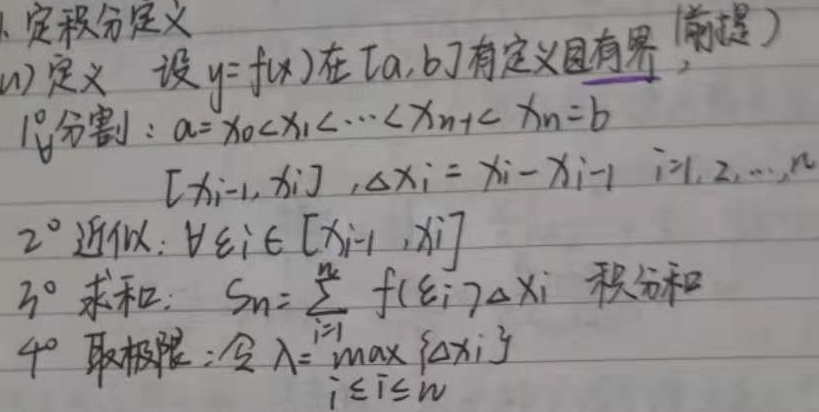
1. 定积分定义(前提)
(1) 定义：设\(y = f(x)\)在\([a,b]\)有定义且有界。
1° 分割：\(a = x_0<x_1<\cdots<x_{n - 1}<x_n = b\)，\([x_{i - 1},x_i]\)，\(\Delta x_i=x_i - x_{i - 1}\)，\(i = 1,2,\cdots,n\)。
2° 近似：\(\forall\xi_i\in[x_{i - 1},x_i]\)。
3° 求和：\(S_n=\sum_{i = 1}^{n}f(\xi_i)\Delta x_i\)（积分和）。
4° 取极限：令\(\lambda=\max_{1\leq i\leq n}\{\Delta x_i\}\)。